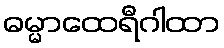
ဓမ္မာထေရီဂါထာ